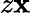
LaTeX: z\mathbf{x}